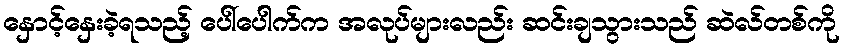
နှောင့်နှေးခဲ့ရသည့် ပေါ်ပေါက်က အလုပ်များလည်း ဆင်းချသွားသည် ဆဲလ်တစ်ကို